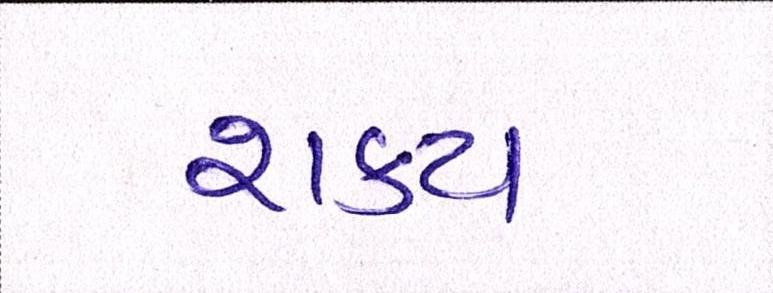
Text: શક્ય